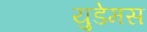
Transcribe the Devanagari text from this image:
युडेमस